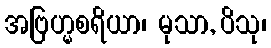
အဗြဟ္မစရိယာ၊ မုသာ, ပိသု၊